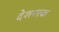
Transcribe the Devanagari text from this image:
देशपरक